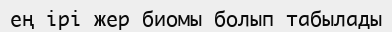
ең ірі жер биомы болып табылады